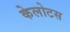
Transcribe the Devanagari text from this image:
केलोटस